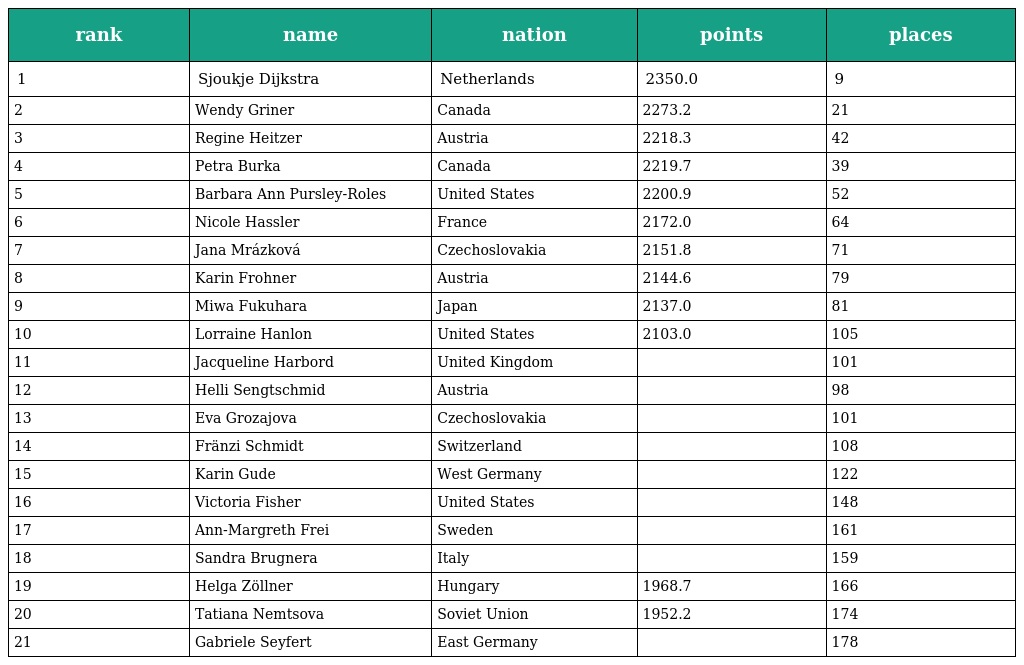
| rank | name | nation | points | places |
 | --- | --- | --- | --- | --- |
 | 1 | Sjoukje Dijkstra | Netherlands | 2350.0 | 9 |
 | 2 | Wendy Griner | Canada | 2273.2 | 21 |
 | 3 | Regine Heitzer | Austria | 2218.3 | 42 |
 | 4 | Petra Burka | Canada | 2219.7 | 39 |
 | 5 | Barbara Ann Pursley-Roles | United States | 2200.9 | 52 |
 | 6 | Nicole Hassler | France | 2172.0 | 64 |
 | 7 | Jana Mrázková | Czechoslovakia | 2151.8 | 71 |
 | 8 | Karin Frohner | Austria | 2144.6 | 79 |
 | 9 | Miwa Fukuhara | Japan | 2137.0 | 81 |
 | 10 | Lorraine Hanlon | United States | 2103.0 | 105 |
 | 11 | Jacqueline Harbord | United Kingdom |  | 101 |
 | 12 | Helli Sengtschmid | Austria |  | 98 |
 | 13 | Eva Grozajova | Czechoslovakia |  | 101 |
 | 14 | Fränzi Schmidt | Switzerland |  | 108 |
 | 15 | Karin Gude | West Germany |  | 122 |
 | 16 | Victoria Fisher | United States |  | 148 |
 | 17 | Ann-Margreth Frei | Sweden |  | 161 |
 | 18 | Sandra Brugnera | Italy |  | 159 |
 | 19 | Helga Zöllner | Hungary | 1968.7 | 166 |
 | 20 | Tatiana Nemtsova | Soviet Union | 1952.2 | 174 |
 | 21 | Gabriele Seyfert | East Germany |  | 178 |